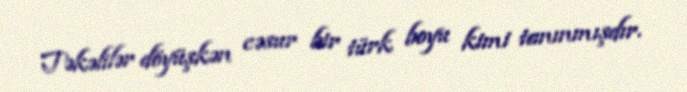
Təkəlilər döyüşkən cəsur bir türk boyu kimi tanınmışdır.